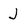
Character: J